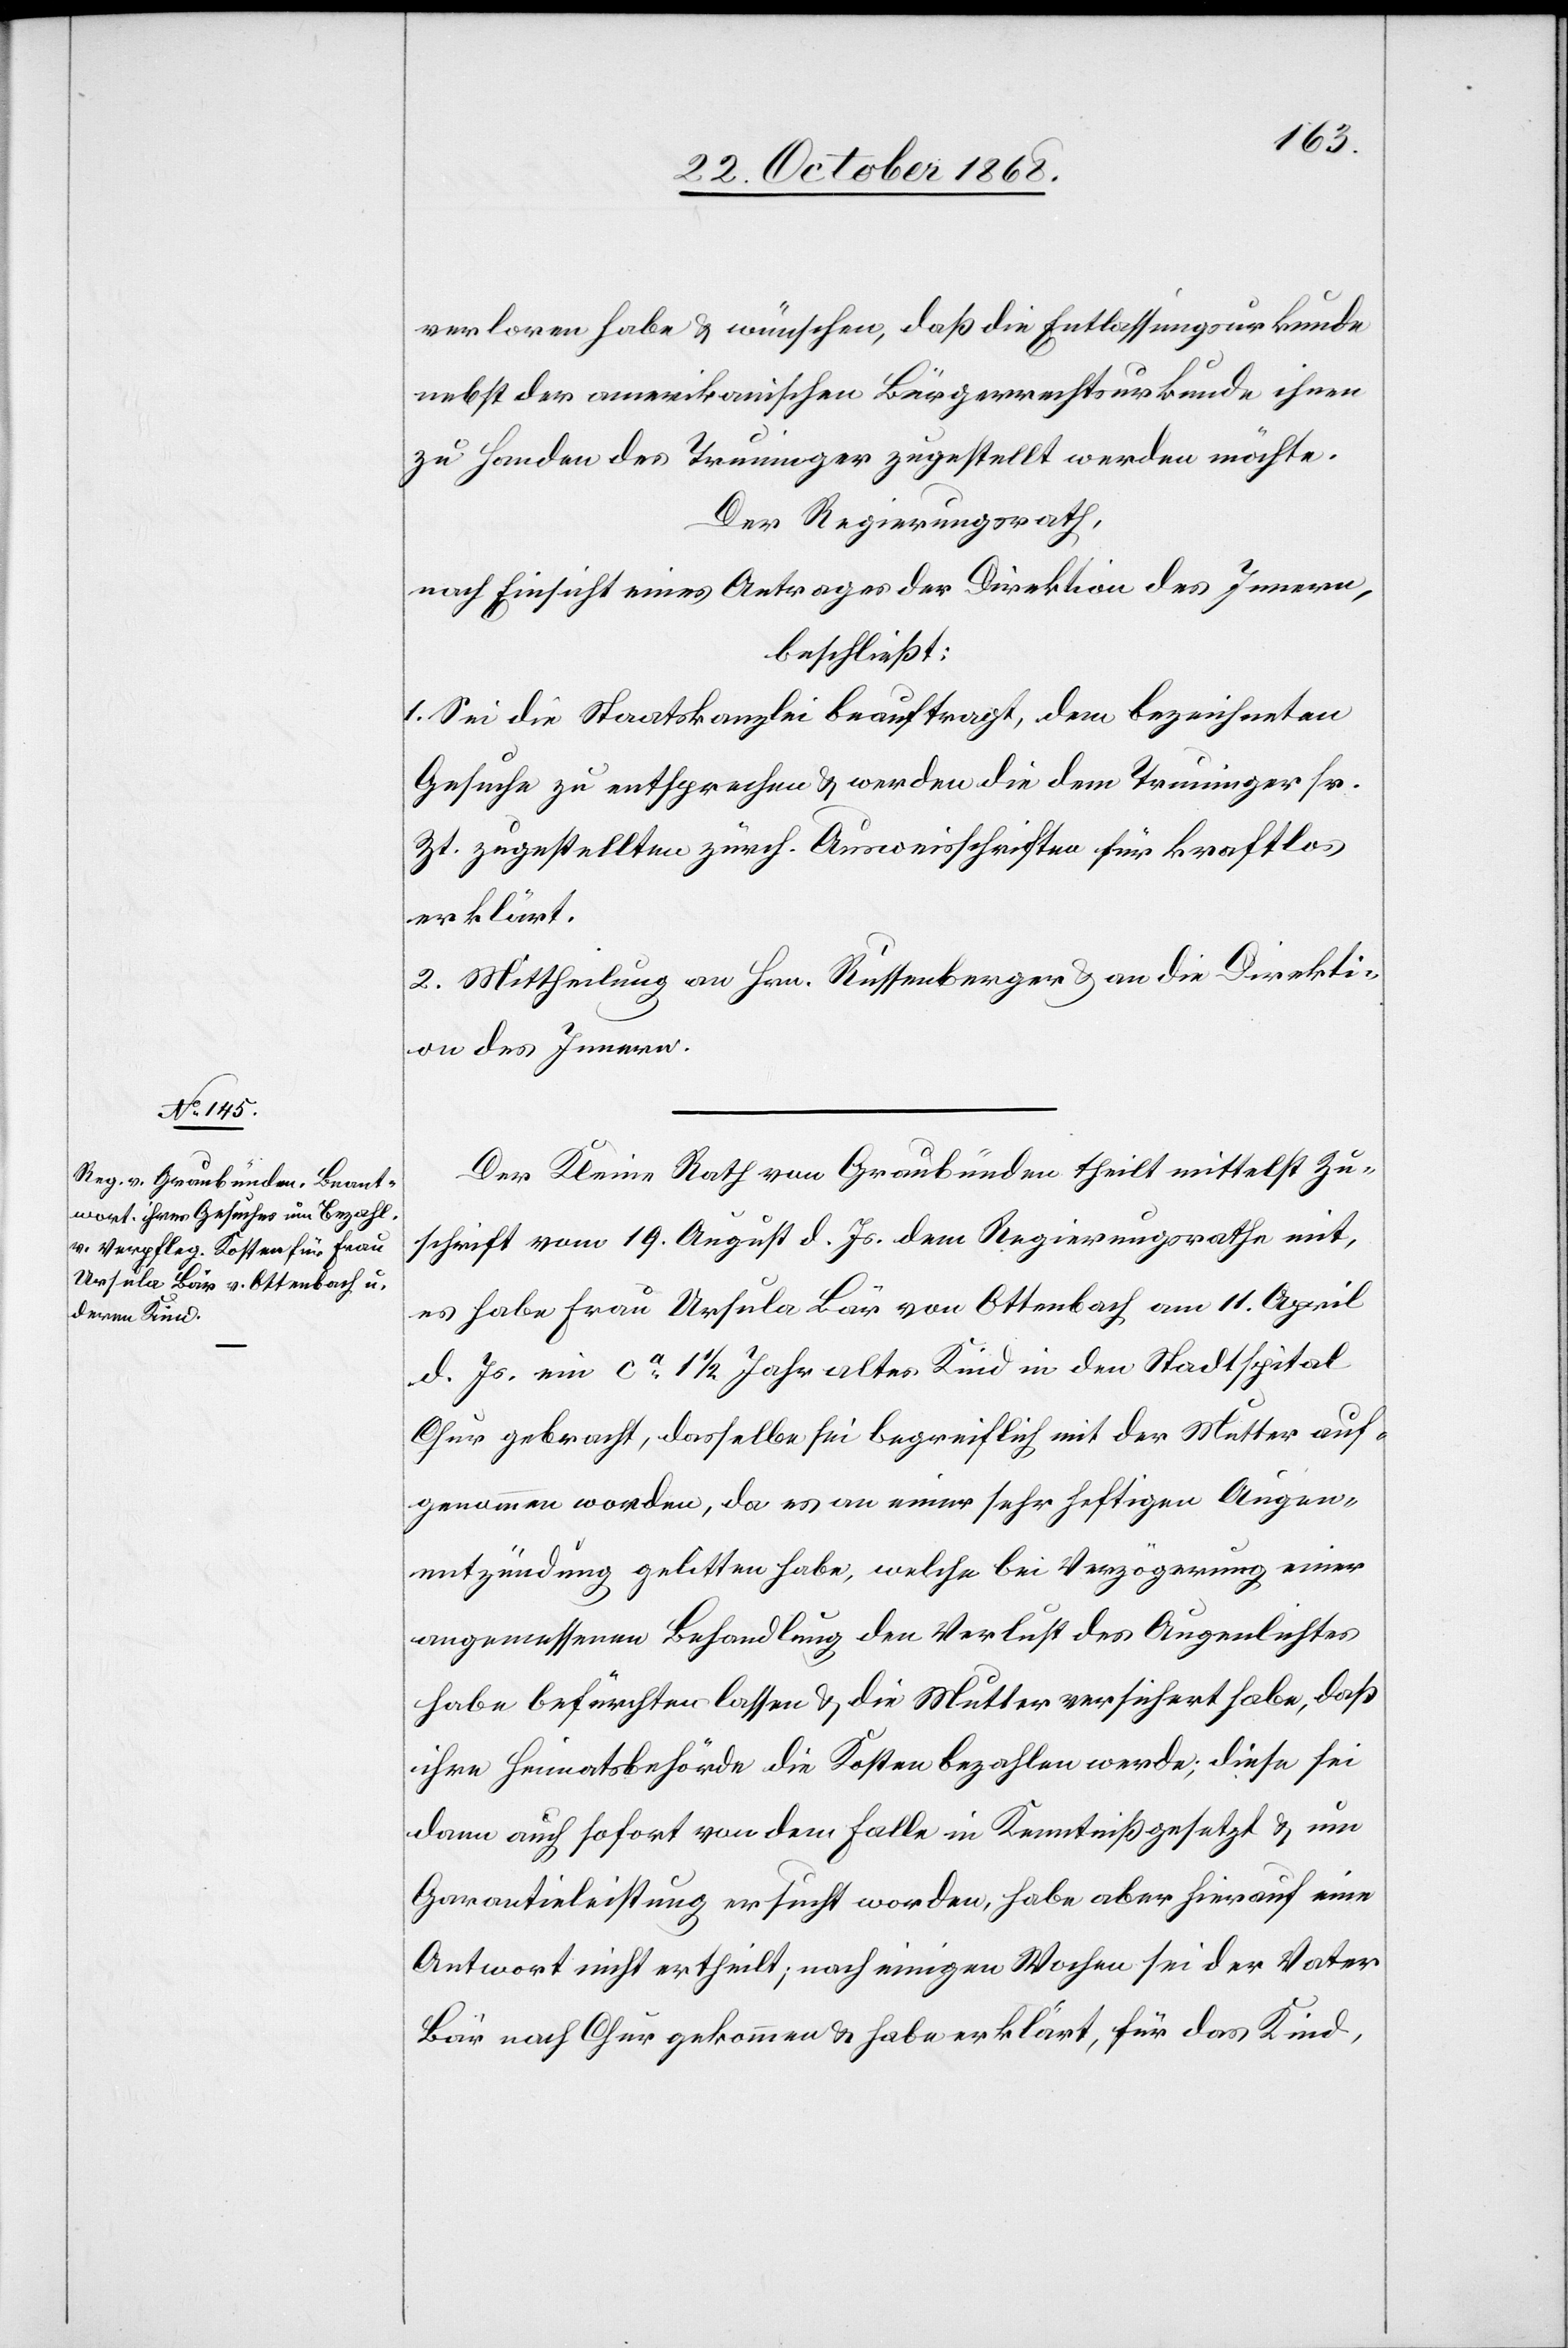
verloren habe & wünschen, daß die Entlassungsurkunde
nebst der amerikanischen Bürgerrechtsurkunde ihnen
zu Handen des Truninger zugestellt werden möchte.
Der Regierungsrath,
nach Einsicht eines Antrages der Direktion des Innern,
beschließt:
1. Sei die Staatskanzlei beauftragt, dem bezeichneten
Gesuche zu entsprechen & werden die dem Truninger sr.
Zt. zugestellten zürch. Ausweisschriften für kraftlos
erklärt.
2. Mittheilung an Hrn. Russenberger & an die Direkti¬
on des Innern.
Der Kleine Rath von Graubünden theilt mittelst Zu¬
schrift vom 19. August d. Js. dem Regierungsrathe mit,
es habe Frau Ursula Bär von Ottenbach am 11. April
d. Js. ein ca 1 1/2 Jahre altes Kind in den Stadtspital
Chur gebracht, dasselbe sei begreiflich mit der Mutter auf¬
genommen worden, da es an einer sehr heftigen Augen¬
entzündung gelitten habe, welche bei Verzögerung einer
angemessenen Behandlung den Verlust des Augenlichtes
habe befürchten lassen & die Mutter versichert habe, daß
ihre Heimatsbehörde die Kosten bezahlen werde; diese sei
dann auch sofort von dem Falle in Kenntniß gesetzt & um
Garantieleistung ersucht worden, habe aber hierauf eine
Antwort nicht ertheilt; nach einigen Wochen sei der Vater
Bär nach Chur gekommen & habe erklärt, für das Kind,